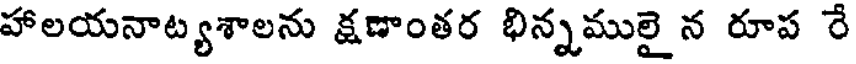
హాలయనాట్యశాలను క్షణాంతర భిన్నములై న రూప రే